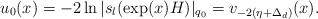
LaTeX: \begin{align*}u_0(x)=-2\ln|s_l(\exp(x)H)|_{q_0}=v_{-2(\eta + \Delta_d)}(x).\end{align*}